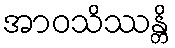
အာဝသိဿန္တိ